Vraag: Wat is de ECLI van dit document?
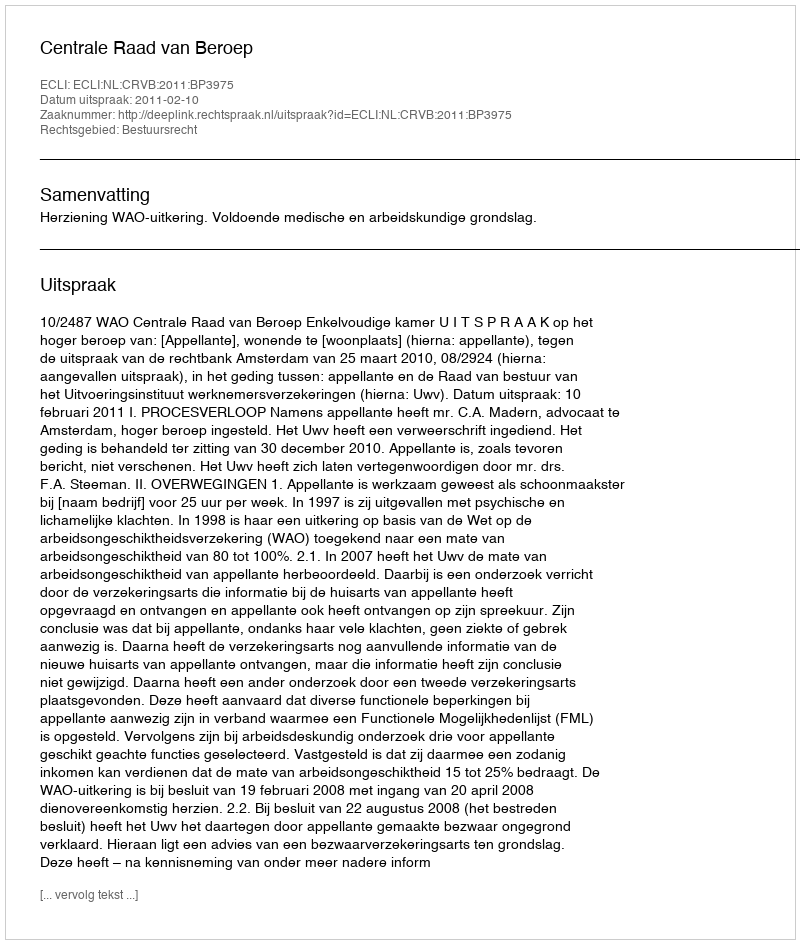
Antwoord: ECLI:NL:CRVB:2011:BP3975